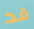
قد